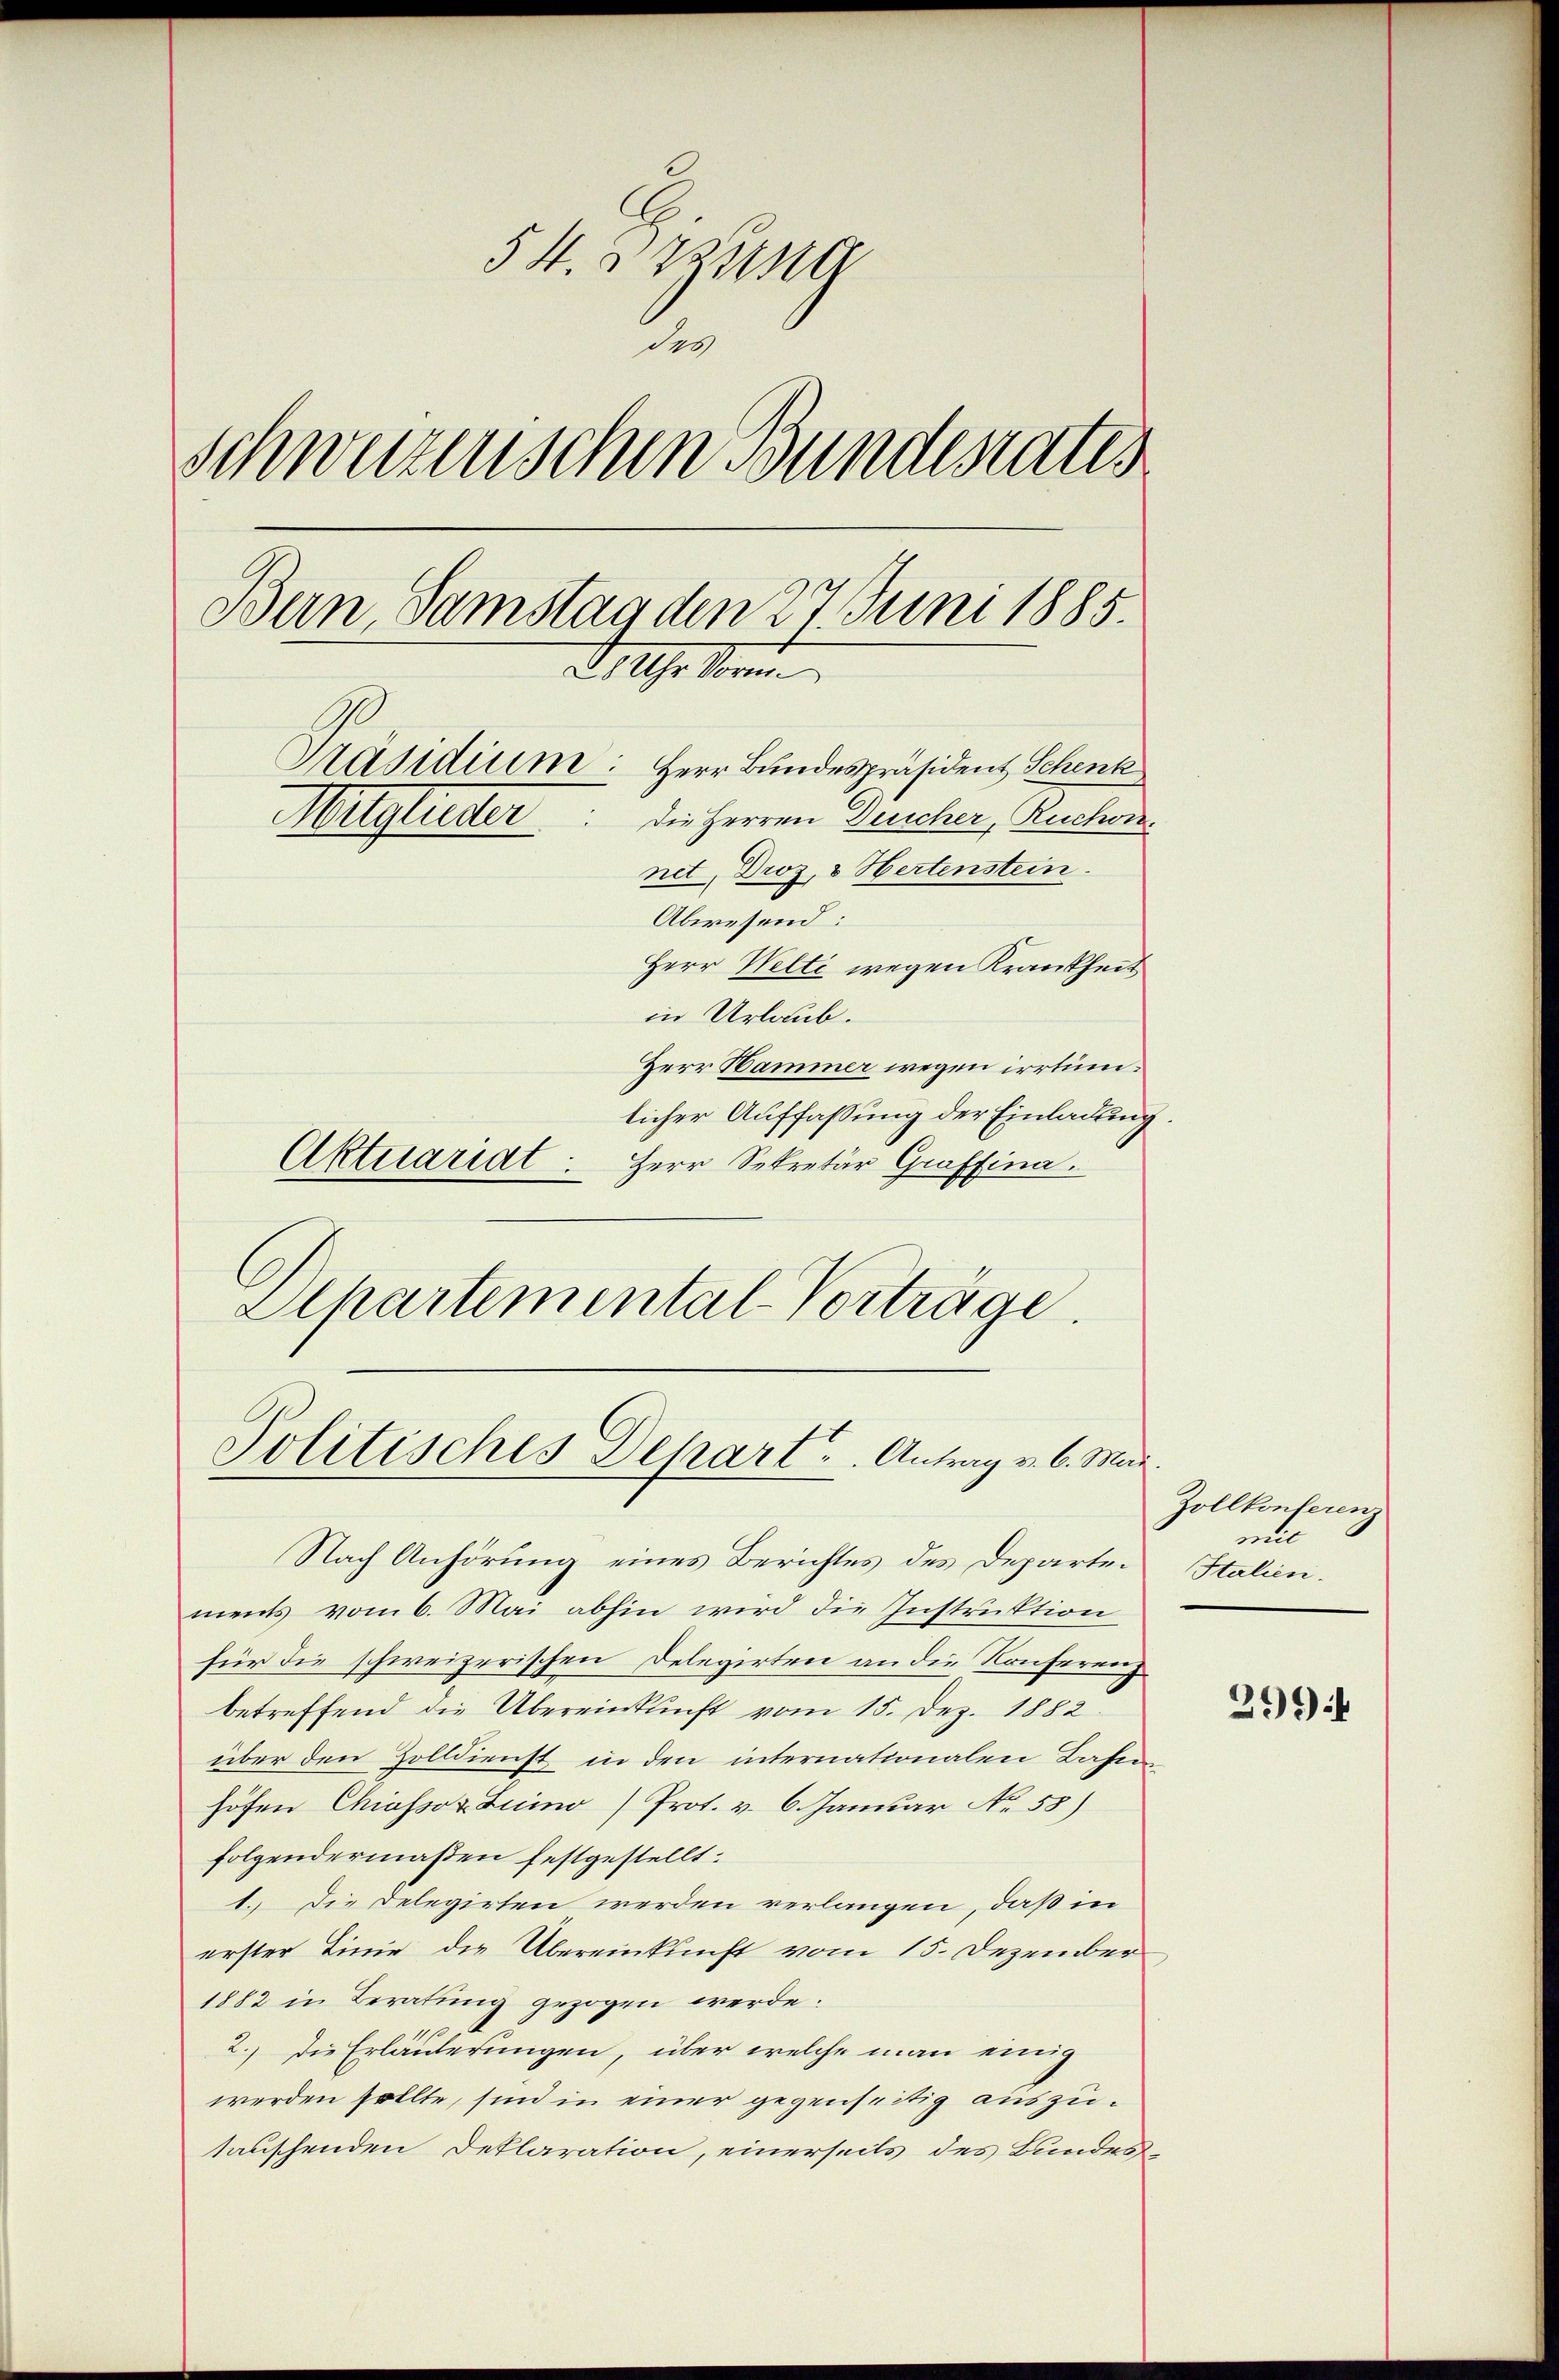
54. Dezung
des
Schweizerischen Bunderatis
Bern, Samstag den 27. Juni 1885.
2 Uhr Vorm
Präsidium: Herr Bundespräsident Schenk
Mitglieder die Herren Deucher, Ruchoi
net, Droz, 3 Hertenstein.
Abwesend:
Herr Welti wegen Krankheit
in Urlaub.
Herr Hammer wegen irrtum.
licher Auffassung der Einladung.
Aktuariat.
Herr Sekretär Graffina.

Politisches Depart u. Antrag v. 6. Mar

Alkartemental-Vorträge.

Nach Anhörung eines Berichtes des Departements vom 6. Mai abhin wird die Instruktion
für die schweizerischen Delegirten an die Konferen,
betreffend die Übereinkunft vom 15. Dez. 1882
über den Zolldienst in den internationalen Bahn
höfen Chiassor Luino Prot. v. 6. Januar No 58)
folgendermaßen festgestellt.
1. Die Delegirten werden verlangen, daß in
erster Linie der Übereinkunft vom 15. Dezember
1882 in Beratung gezogen werde.
2.) Die Erläuterungen, über welche man einig
werden sollte, sind in einer gegenseitig auszutauschenden Deklaration, einerseits des Bundes

Zollkonferenz
nill
Italien.

3994